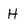
Character: H